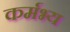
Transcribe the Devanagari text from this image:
कर्मभ्य